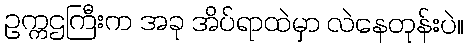
ဥက္ကဌကြီးက အခု အိပ်ရာထဲမှာ လဲနေတုန်းပဲ။